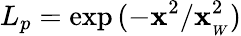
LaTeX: L_{p}=\exp{(-\mathbf{x}^{2}/\mathbf{x}_{_W}^{2})}